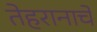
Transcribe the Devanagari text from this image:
तेहरानाचे